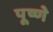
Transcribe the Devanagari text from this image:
पूष्णे